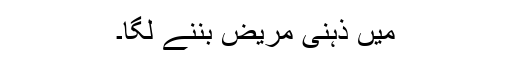
میں ذہنی مریض بننے لگا۔